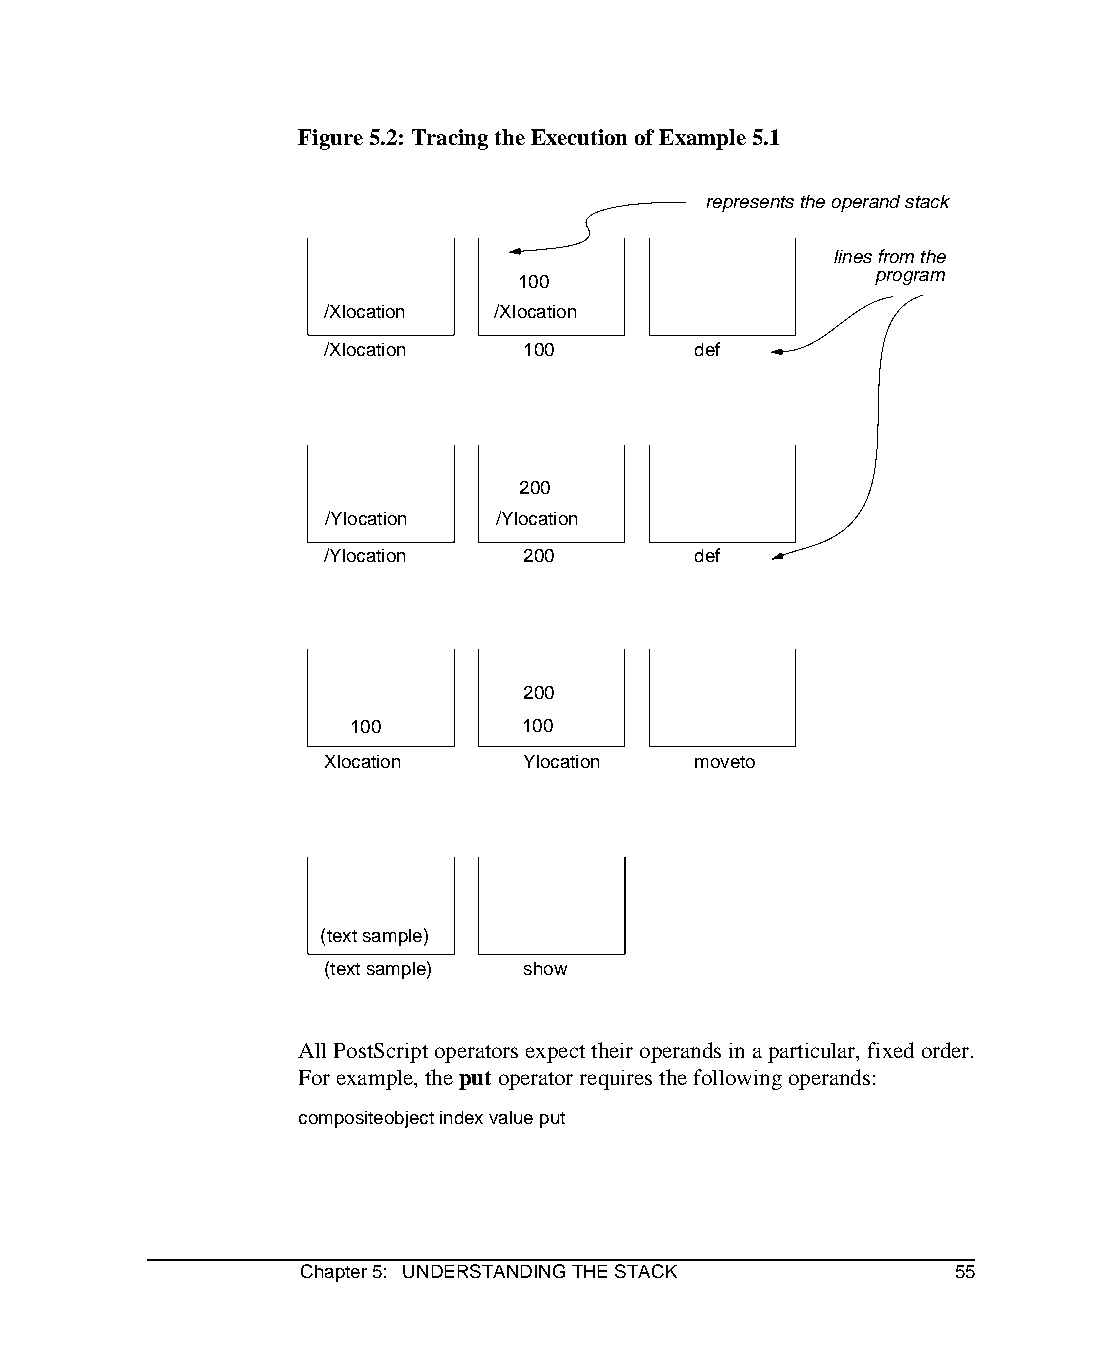
Figure 5.2: Tracing the Execution of Example 5.1
 represents the operand stack
 lines from the
 program
 100
 /Xlocation /Xlocation
 /Xlocation   100         def
 200
 /Ylocation /Ylocation
 /Ylocation   200         def
 200
 100        100
 Xlocation    Ylocation   moveto
 (text sample)
 (text sample) show
 All PostScript operators expect their operands in a particular, fixed order.
 For example, the put operator requires the following operands:
 compositeobject index value put
 Chapter 5: UNDERSTANDING THE STACK         55